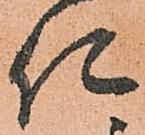
仁